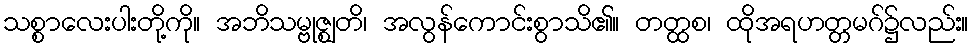
သစ္စာလေးပါးတို့ကို။ အဘိသမ္ဗုဇ္ဈတိ၊ အလွန်ကောင်းစွာသိ၏။ တတ္ထစ၊ ထိုအရဟတ္တမဂ်၌လည်း။